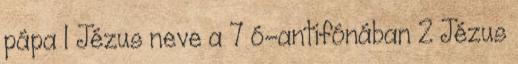
pápa 1 Jézus neve a 7 ó-antifónában 2 Jézus